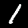
Digit: 1